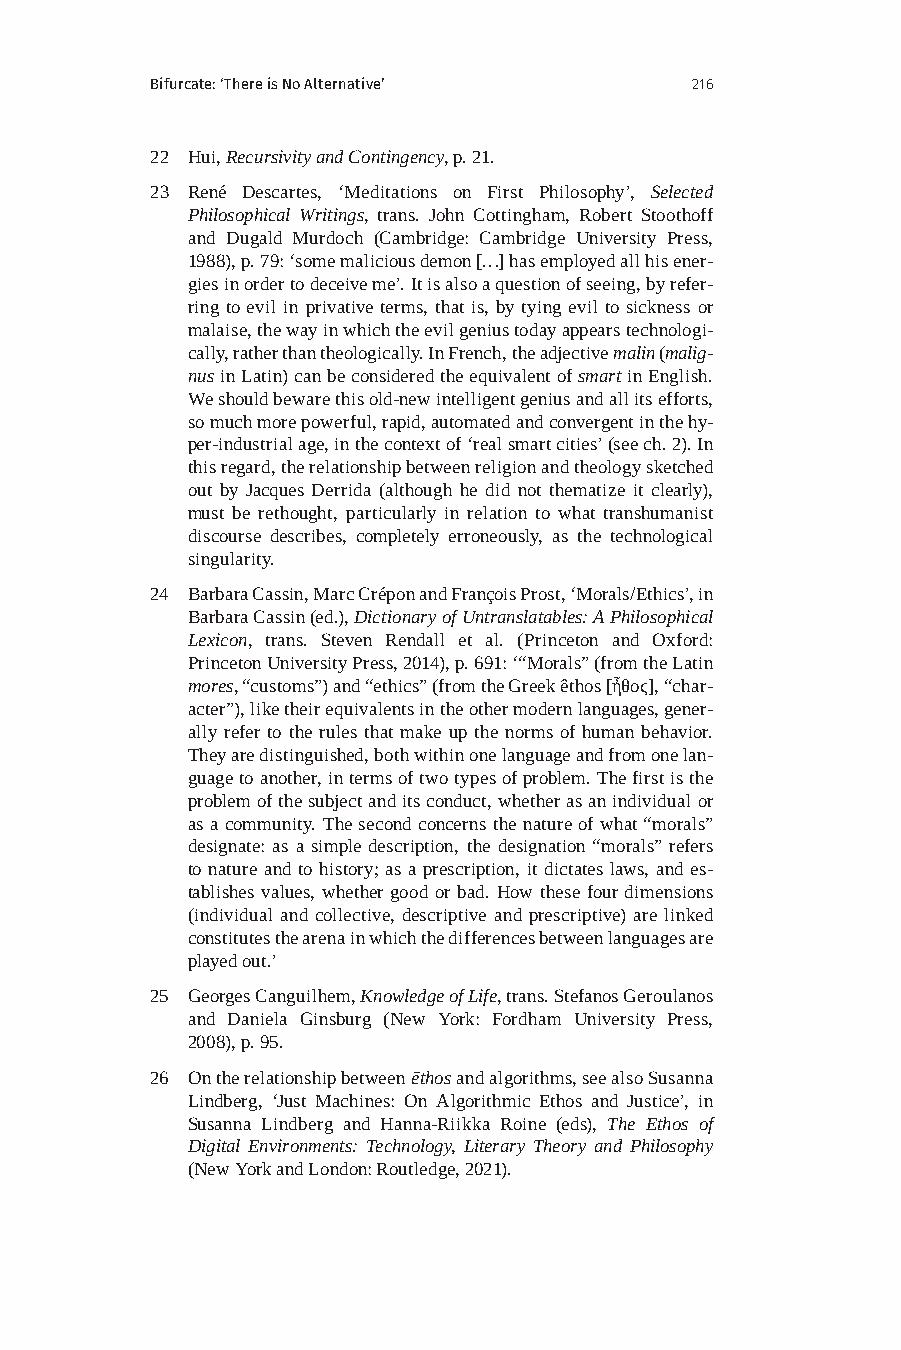
Bifurcate: ‘There is No Alternative’ 216
 22 Hui, Recursivity and Contingency, p. 21.
 23 René Descartes, ‘Meditations on First Philosophy’, Selected
 Philosophical Writings, trans. John Cottingham, Robert Stoothoff
 and Dugald Murdoch (Cambridge: Cambridge University Press,
 1988), p. 79: ‘some malicious demon […] has employed all his ener-
 gies in order to deceive me’. It is also a question of seeing, by refer-
 ring to evil in privative terms, that is, by tying evil to sickness or
 malaise, the way in which the evil genius today appears technologi-
 cally, rather than theologically. In French, the adjective malin (malig-
 nus in Latin) can be considered the equivalent of smart in English.
 We should beware this old-new intelligent genius and all its efforts,
 so much more powerful, rapid, automated and convergent in the hy-
 per-industrial age, in the context of ‘real smart cities’ (see ch. 2). In
 this regard, the relationship between religion and theology sketched
 out by Jacques Derrida (although he did not thematize it clearly),
 must be rethought, particularly in relation to what transhumanist
 discourse describes, completely erroneously, as the technological
 singularity.
 24 Barbara Cassin, Marc Crépon and François Prost, ‘Morals/Ethics’, in
 Barbara Cassin (ed.), Dictionary of Untranslatables: A Philosophical
 Lexicon, trans. Steven Rendall et al. (Princeton and Oxford:
 Princeton University Press, 2014), p. 691: ‘“Morals” (from the Latin
 mores, “customs”) and “ethics” (from the Greek êthos [ἦθοϛ], “char-
 acter”), like their equivalents in the other modern languages, gener-
 ally refer to the rules that make up the norms of human behavior.
 They are distinguished, both within one language and from one lan-
 guage to another, in terms of two types of problem. The first is the
 problem of the subject and its conduct, whether as an individual or
 as a community. The second concerns the nature of what “morals”
 designate: as a simple description, the designation “morals” refers
 to nature and to history; as a prescription, it dictates laws, and es-
 tablishes values, whether good or bad. How these four dimensions
 (individual and collective, descriptive and prescriptive) are linked
 constitutes the arena in which the differences between languages are
 played out.’
 25 Georges Canguilhem, Knowledge of Life, trans. Stefanos Geroulanos
 and Daniela Ginsburg (New York: Fordham University Press,
 2008), p. 95.
 26 On the relationship between ēthos and algorithms, see also Susanna
 Lindberg, ‘Just Machines: On Algorithmic Ethos and Justice’, in
 Susanna Lindberg and Hanna-Riikka Roine (eds), The Ethos of
 Digital Environments: Technology, Literary Theory and Philosophy
 (New York and London: Routledge, 2021).